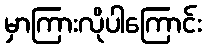
မှာကြားလိုပါကြောင်း